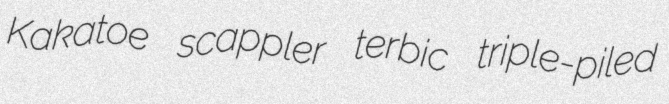
Kakatoe scappler terbic triple-piled